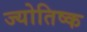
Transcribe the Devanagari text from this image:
ज्योतिष्क